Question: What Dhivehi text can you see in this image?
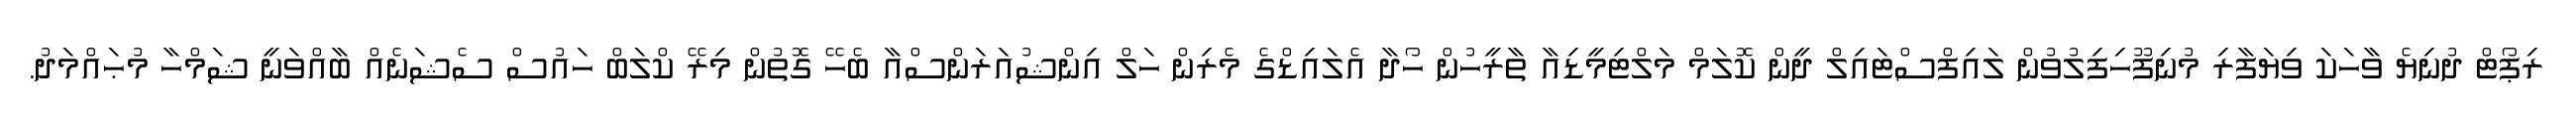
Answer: ރިޕޯޓް ދުނިޔެ ވާހަކަ ވިޔަފާރި މުނިފޫހިފިލުވުން ލައިފްސްޓައިލް ދީން ކޮލަމް މަލްޓިމީޑިއާ ތާރީހުން ހޯދާ އެލައިޑްގެ މެރިން ހަލް އިންޝުއަރަންސްއާ ބެހޭ ގޮތުން މިރޭ ކްލަބް ހައުސް ސެޝަނެއް ބާއްވަނީ ޝަމްހާ މުޙައްމަދު.